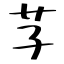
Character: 芓